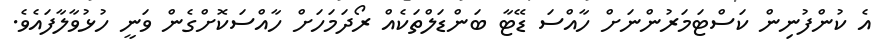
އެ ކުންފުނިން ކަސްޓަމަރުންނަށް ހާއްސަ ޑޭޓާ ބަންޑަލްތަކެއް ރޯދަމަހަށް ހާއްސަކޮށްގެން ވަނީ ހުޅުވާލާފައެވެ.